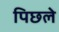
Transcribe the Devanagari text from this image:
पिछले